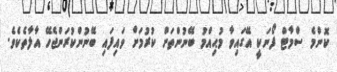
ކޮންމެ ސްމާޓް ފޯނަކީ އޭގައިވާ މުޙިއްމު ބޭނުންތަށް ކުރުމަށް ވައިފައި ބޭނުންކުރަންޖެހޭ އާލާތެކެވެ.